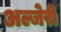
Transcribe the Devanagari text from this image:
अल्जेरी